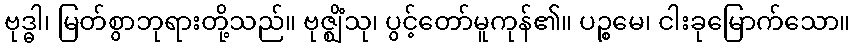
ဗုဒ္ဓါ၊ မြတ်စွာဘုရားတို့သည်။ ဗုဇ္ဈိံသု၊ ပွင့်တော်မူကုန်၏။ ပဉ္စမေ၊ ငါးခုမြောက်သော။